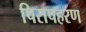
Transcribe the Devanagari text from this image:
पिरापहरण